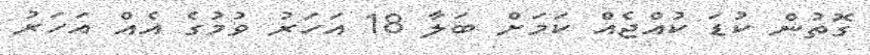
ގޮތުން ކުޑަ ކުއްޖެއް ކަމަށް ބަލާ 18 އަހަރު ވުމުގެ އެއް އަހަރު